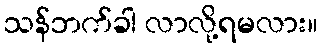
သန်ဘက်ခါ လာလို့ရမလား။